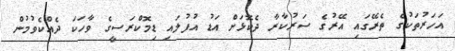
އަހަރުތަކުގެ ތެރޭގައި އޭރުގެ ސަރުކާރާ ދެކޮޅަށް އަޑު އުފުލައި ޑިމޮކްރަސީގެ ވާހަކަ ދެއްކެވުމުން